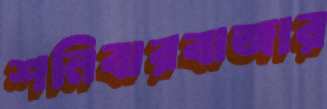
শনিবারবাজার